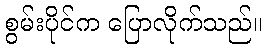
စွမ်းပိုင်က ပြောလိုက်သည်။